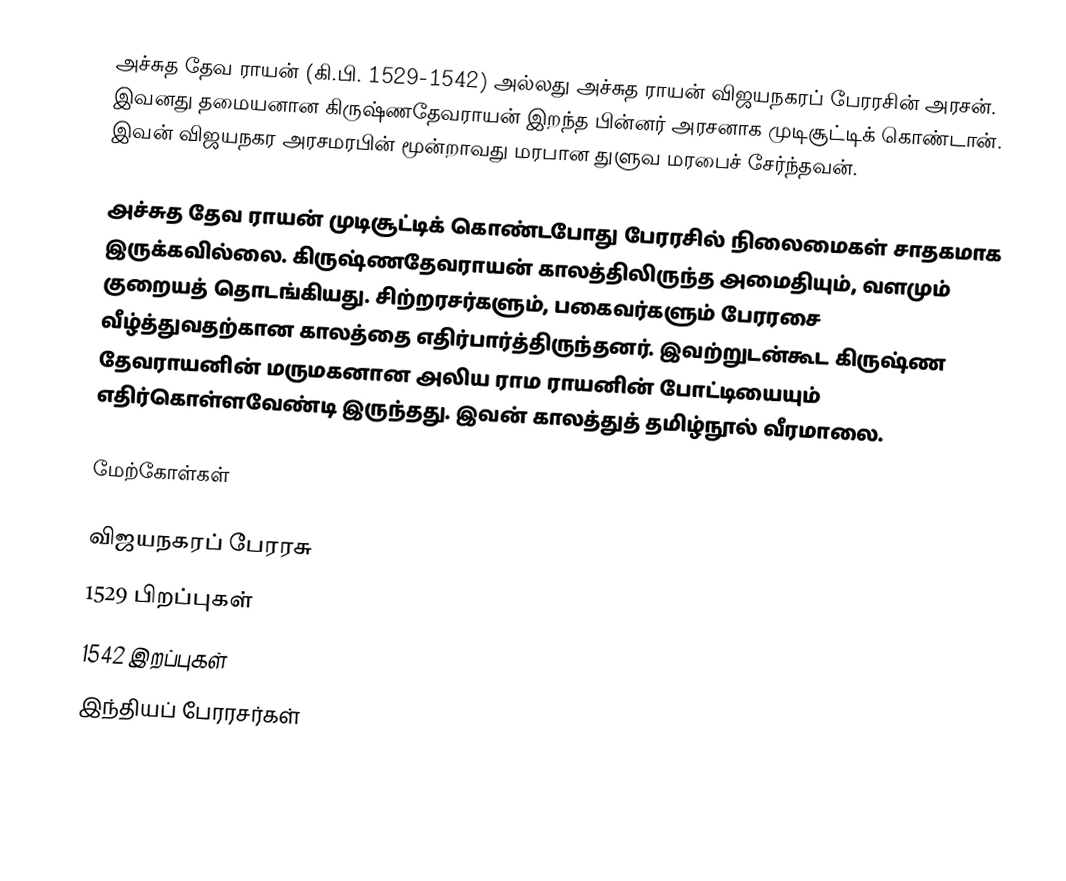
அச்சுத தேவ ராயன் (கி.பி. 1529-1542) அல்லது அச்சுத ராயன் விஜயநகரப் பேரரசின் அரசன். இவனது தமையனான கிருஷ்ணதேவராயன் இறந்த பின்னர் அரசனாக முடிசூட்டிக் கொண்டான். இவன் விஜயநகர அரசமரபின் மூன்றாவது மரபான துளுவ மரபைச் சேர்ந்தவன்.

அச்சுத தேவ ராயன் முடிசூட்டிக் கொண்டபோது பேரரசில் நிலைமைகள் சாதகமாக இருக்கவில்லை. கிருஷ்ணதேவராயன் காலத்திலிருந்த அமைதியும், வளமும் குறையத் தொடங்கியது. சிற்றரசர்களும், பகைவர்களும் பேரரசை வீழ்த்துவதற்கான காலத்தை எதிர்பார்த்திருந்தனர். இவற்றுடன்கூட கிருஷ்ண தேவராயனின் மருமகனான அலிய ராம ராயனின் போட்டியையும் எதிர்கொள்ளவேண்டி இருந்தது. இவன் காலத்துத் தமிழ்நூல் வீரமாலை.

மேற்கோள்கள்

விஜயநகரப் பேரரசு
1529 பிறப்புகள்
1542 இறப்புகள்
இந்தியப் பேரரசர்கள்